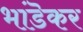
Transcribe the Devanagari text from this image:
भांडॆकर